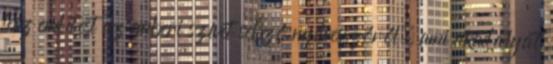
tesz említést az emberi szívet sebző nyílvesszőről, ami akadályát